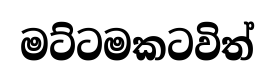
මට්ටමකටවිත්